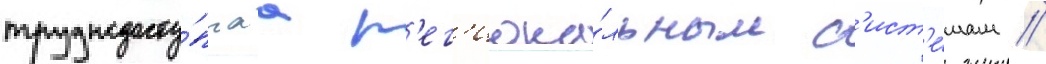
труднодосту́пнаа р'ег'иона́льным с'ист'е́мам //